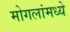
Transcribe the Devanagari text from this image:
मोगलांमध्ये